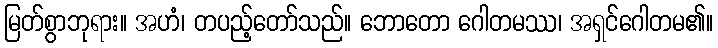
မြတ်စွာဘုရား။ အဟံ၊ တပည့်တော်သည်။ ဘောတော ဂေါတမဿ၊ အရှင်ဂေါတမ၏။